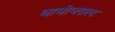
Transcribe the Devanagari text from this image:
थायोप्लास्ट